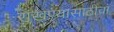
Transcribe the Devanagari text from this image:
राखण्यासाठीचा